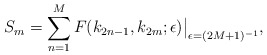
\begin{align*}S_m=\sum_{n=1}^M F(k_{2n-1},k_{2m};\epsilon)\big|_{\epsilon=(2M+1)^{-1}},\end{align*}